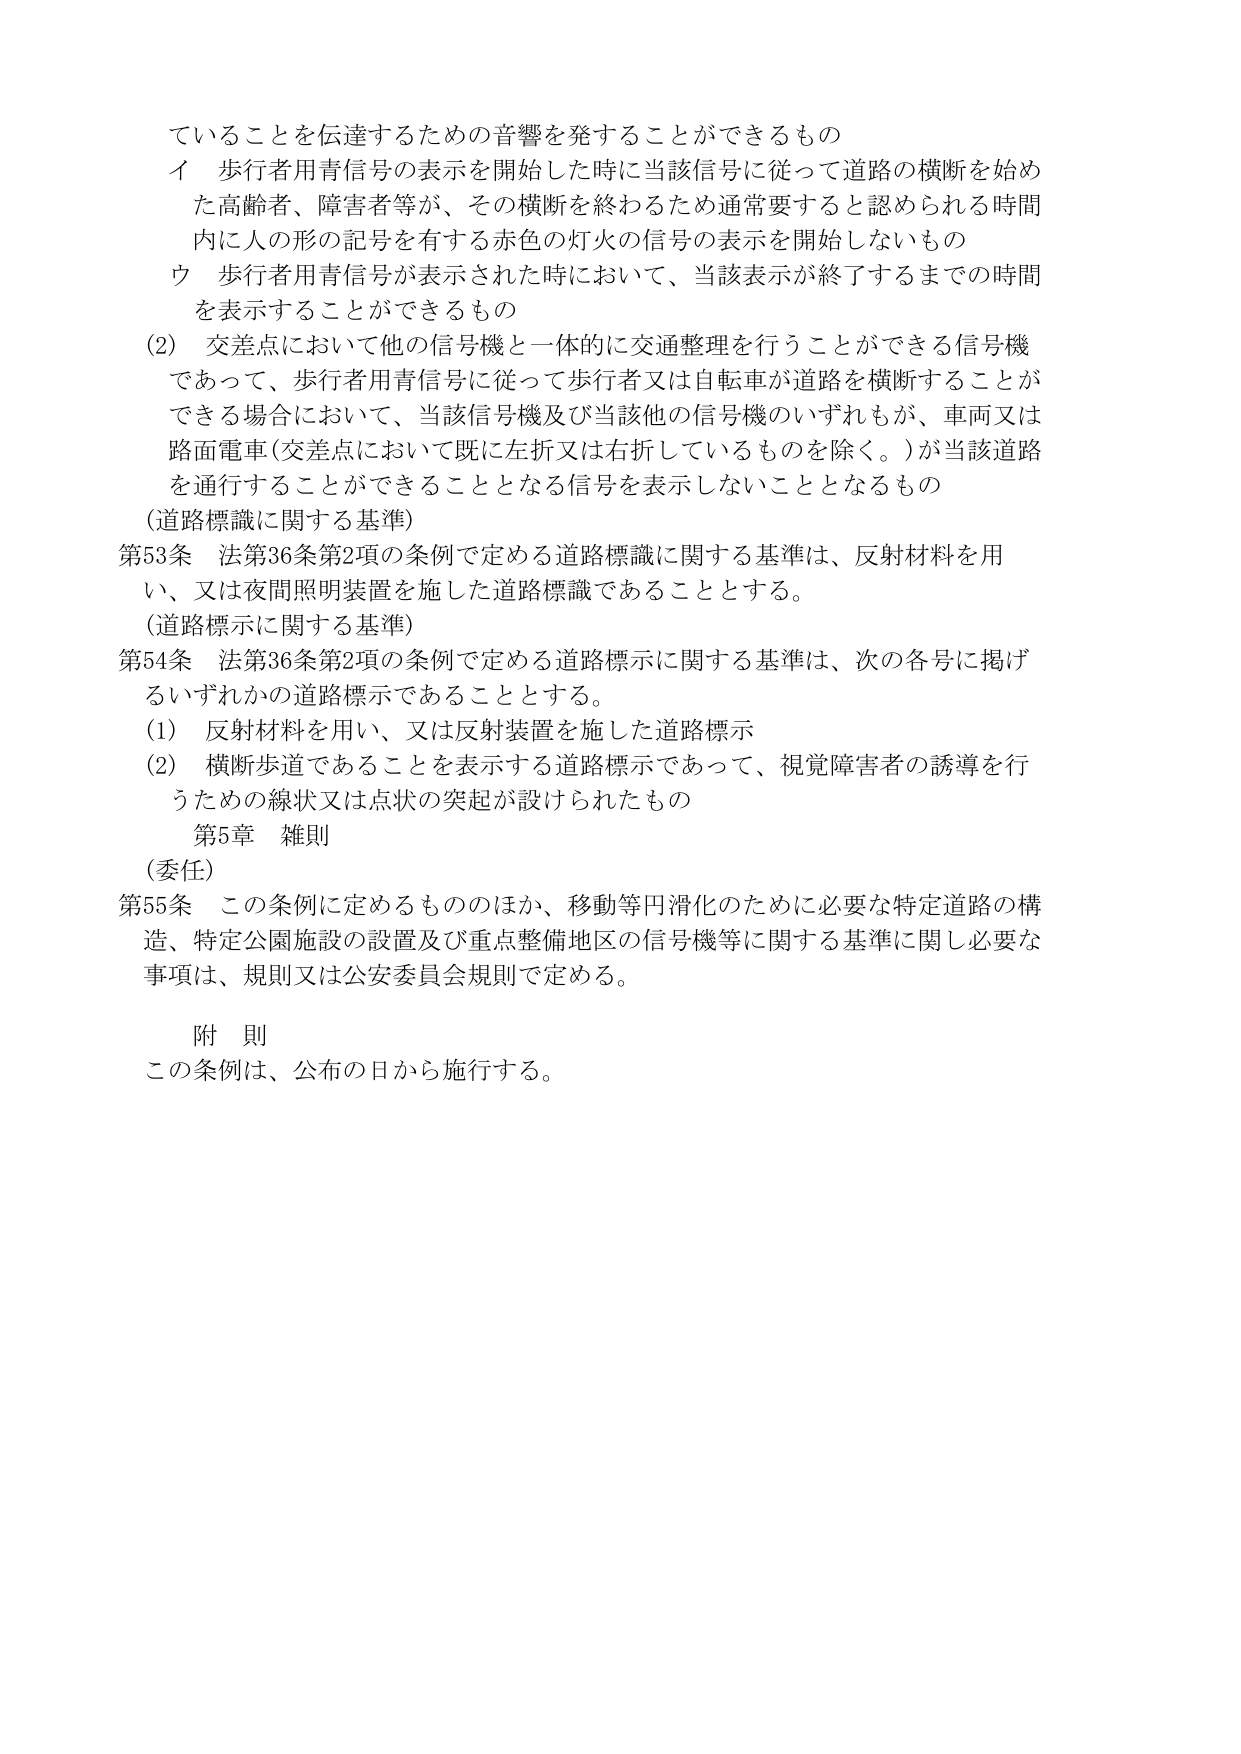
ていることを伝達するための音響を発することができるもの
イ 歩行者用青信号の表示を開始した時に当該信号に従って道路の横断を始めた高齢者、障害者等が、その横断を終わるため通常要すると認められる時間内に人の形の記号を有する赤色の灯火の信号の表示を開始しないもの
ウ 歩行者用青信号が表示された時において、当該表示が終了するまでの時間を表示することができるもの
(2) 交差点において他の信号機と一体的に交通整理を行うことができる信号機であって、歩行者用青信号に従って歩行者又は自転車が道路を横断することができる場合において、当該信号機及び当該他の信号機のいずれもが、車両又は路面電車（交差点において既に左折又は右折しているものを除く。）が当該道路を通行することができることとなる信号を表示しないこととなるもの
(道路標識に関する基準)
第53条 法第36条第2項の条例で定める道路標識に関する基準は、反射材料を用い、又は夜間照明装置を施した道路標識であることとする。
(道路標示に関する基準)
第54条 法第36条第2項の条例で定める道路標示に関する基準は、次の各号に掲げるいずれかの道路標示であることとする。
(1) 反射材料を用い、又は反射装置を施した道路標示
(2) 横断歩道であることを表示する道路標示であって、視覚障害者の誘導を行うための線状又は点状の突起が設けられたもの
第5章 雑則
(委任)
第55条 この条例に定めるもののほか、移動等円滑化のために必要な特定道路の構造、特定公園施設の設置及び重点整備地区の信号機等に関する基準に関し必要な事項は、規則又は公安委員会規則で定める。
附 則
この条例は、公布の日から施行する。